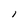
Character: 1